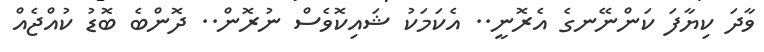
ވާދަ ކިޔާފަ ކަންނޭނގެ އެރޮނީ.. އެކަމަކު ޝައިކޮވެސް ނުރޮން.. ދޮންބެ ބޮޑު ކުއްޖެއް